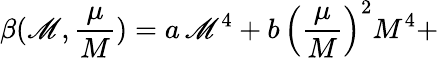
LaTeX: \beta(\mathscr{M},\frac{{\mu}}{{M}})=a\, \mathscr{M}^{4}+b\, \left(\frac{{\mu}}{{M}}\right)^{2}M^{4}+